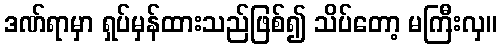
ဒဏ်ရာမှာ ရှပ်မှန်ထားသည်ဖြစ်၍ သိပ်တော့ မကြီးလှ။